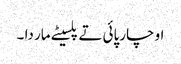
او چارپائی تے پلسیٹے مار دا ۔